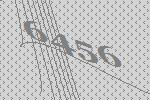
6456